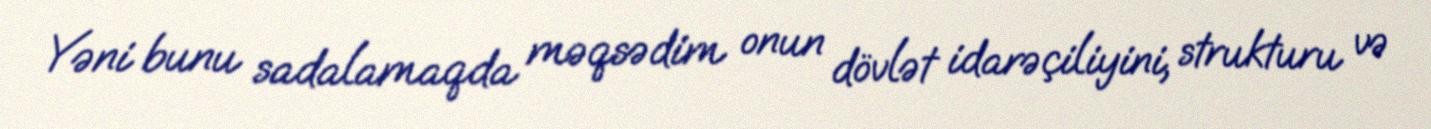
Yəni bunu sadalamaqda məqsədim onun dövlət idarəçiliyini, strukturu və